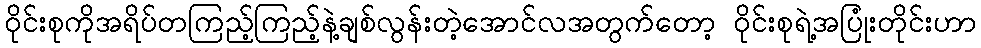
ဝိုင်းစုကိုအရိပ်တကြည့်ကြည့်နဲ့ချစ်လွန်းတဲ့အောင်လအတွက်တော့ ဝိုင်းစုရဲ့အပြုံးတိုင်းဟာ